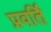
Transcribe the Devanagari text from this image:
प्रवर्ति